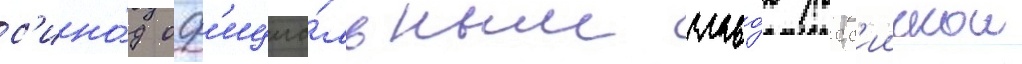
с'ино́д оф'ициа́льным главо́ю росс'иискои